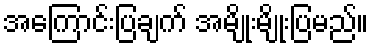
အကြောင်းပြချက် အမျိုးမျိုးပြမည်။